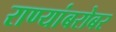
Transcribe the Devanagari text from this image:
राण्यांबरोबर